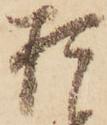
お